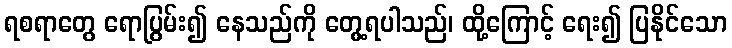
ရစရာတွေ ရောပြွမ်း၍ နေသည်ကို တွေ့ရပါသည်၊ ထို့ကြောင့် ရေး၍ ပြနိုင်သော